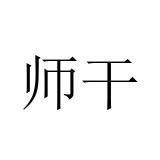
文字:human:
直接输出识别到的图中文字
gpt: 师干